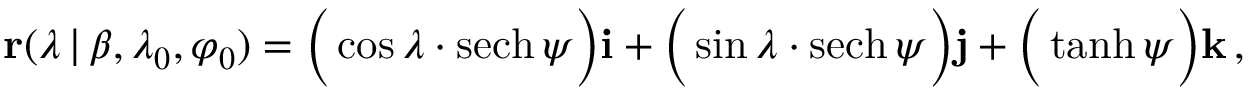
\mathbf { r } ( \lambda \, | \, \beta , \lambda _ { 0 } , \varphi _ { 0 } ) = { \Big ( } \cos { \lambda } \cdot \operatorname { s e c h } \psi { \Big ) } \mathbf { i } + { \Big ( } \sin { \lambda } \cdot \operatorname { s e c h } \psi { \Big ) } \mathbf { j } + { \Big ( } \operatorname { t a n h } \psi { \Big ) } \mathbf { k } \, ,